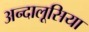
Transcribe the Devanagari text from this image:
अन्दालूसिया